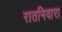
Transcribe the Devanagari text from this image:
रातनिवारा